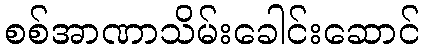
စစ်အာဏာသိမ်းခေါင်းဆောင်